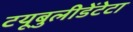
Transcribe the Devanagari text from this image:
टयूबुलीडेंटेटा